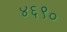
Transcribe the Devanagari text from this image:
४६९०